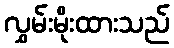
လွှမ်းမိုးထားသည်